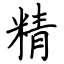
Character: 精